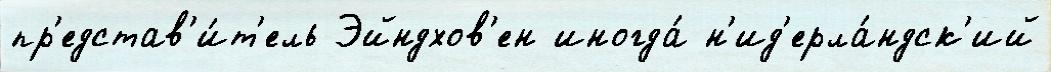
пр'едстав'и́т'ель Эйндхов'ен иногда́ н'ид'ерла́ндск'ий